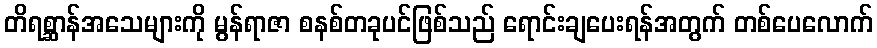
တိရစ္ဆာန်အသေများကို မွန်ရာဇာ စနစ်တခုပင်ဖြစ်သည် ရောင်းချပေးရန်အတွက် တစ်ပေလောက်